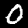
Digit: 0